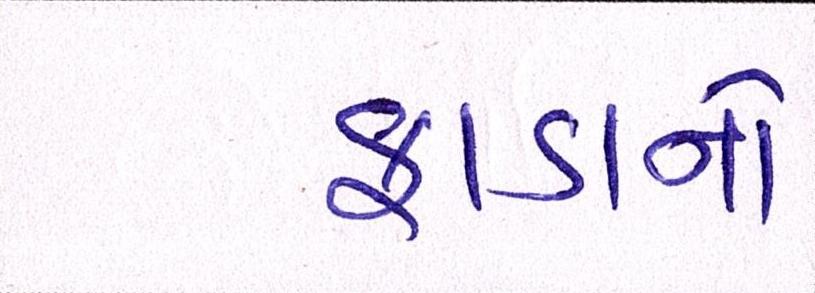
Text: ફાડાને